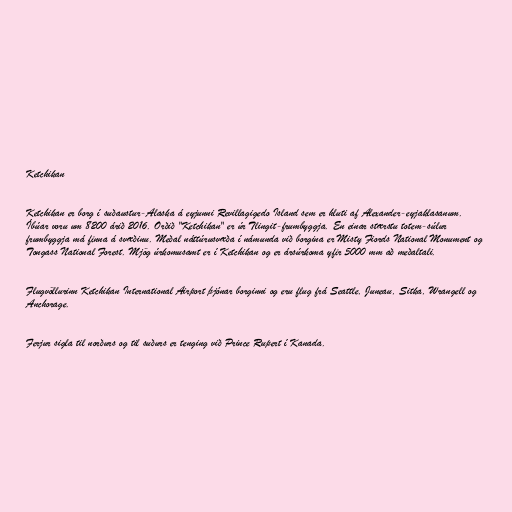
Ketchikan

Ketchikan er borg í suðaustur-Alaska á eyjunni Revillagigedo Island sem er hluti af Alexander-eyjaklasanum.
Íbúar voru um 8200 árið 2016. Orðið "Ketchikan" er úr Tlingit-frumbyggja. En einar stærstu totem-súlur
frumbyggja má finna á svæðinu. Meðal náttúrusvæða í námunda við borgina er Misty Fiords National Monument og
Tongass National Forest. Mjög úrkomusamt er í Ketchikan og er ársúrkoma yfir 5000 mm að meðaltali.

Flugvöllurinn Ketchikan International Airport þjónar borginni og eru flug frá Seattle, Juneau, Sitka, Wrangell og
Anchorage.

Ferjur sigla til norðurs og til suðurs er tenging við Prince Rupert í Kanada.